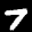
Label: 7